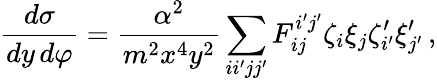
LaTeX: \frac{d\sigma}{dy\, d\varphi}=\frac{\alpha^{2}}{m^{2}x^{4}y^{2}}\sum_{ii^{\prime}jj^{\prime}}F_{ij}^{i^{\prime}j^{\prime}}\zeta_{i}\xi_{j}\zeta_{i^{\prime}}^{\prime}\xi_{j^{\prime}}^{\prime}\, ,